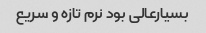
بسیارعالی بود نرم تازه و سریع